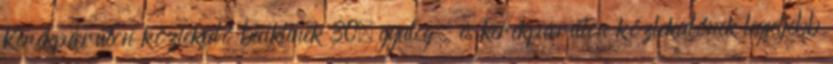
Kerékpárúton közlekedő biciklinek 30, gyalog- és kerékpárúton közlekedőnek legfeljebb